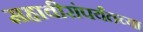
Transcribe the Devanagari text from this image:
महावीरांपर्यंतच्या